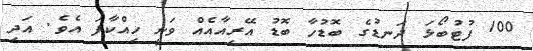
100 ފުޓުބޯޅަ ދަނޑުގެ ބޮޑުހާ ބޮޑު އޭރިއާއެއް ވަނީ ހިއްކާފަ އެވެ. އަދި